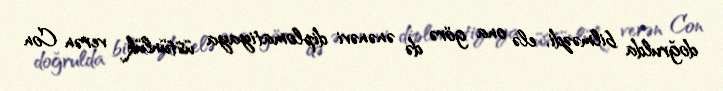
doğrulda bilməzdi, elə ona görə də ənənəvi diplomatiyaya üstünlük verən Con